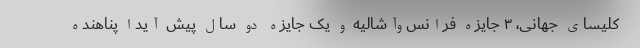
کلیسای جهانی، ۳ جایزه فرانس‌وآشالیه و یک جایزه دو سال پیش آیدا پناهنده